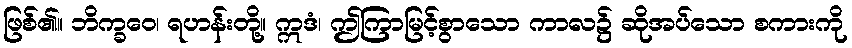
ဖြစ်၏။ ဘိက္ခဝေ၊ ရဟန်းတို့။ ဣဒံ၊ ဤကြာမြင့်စွာသော ကာလ၌ ဆိုအပ်သော စကားကို